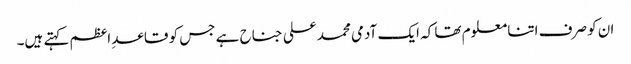
ان کو صرف اتنا معلوم تھا کہ ایک آدمی محمد علی جناح ہے جس کو قاعدِ اعظم کہتے ہیں۔